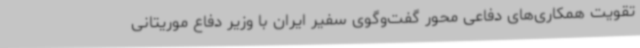
تقویت همکاری‌های دفاعی محور گفت‌وگوی سفیر ایران با وزیر دفاع موریتانی